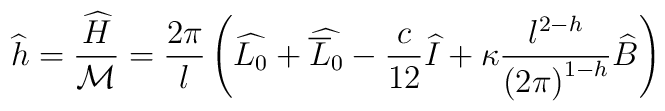
\widehat{h}=\displaystyle\frac{\widehat{H}}{{\cal M}}=\displaystyle\frac{2\pi }{l}\left( \widehat{L_{0}}+\widehat{\overline{L}_{0}}-\displaystyle\frac{c}{12}\widehat{I}+\kappa \displaystyle\frac{l^{2-h}}{\left( 2\pi \right) ^{1-h}}\widehat{B}\right)